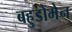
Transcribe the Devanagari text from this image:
बहुडोमेन